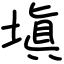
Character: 塡